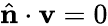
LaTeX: \hat{\mathbf{n}}\cdot\mathbf{v}=0